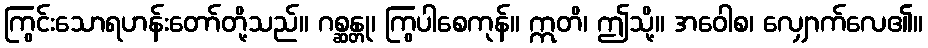
ကြွင်းသောရဟန်းတော်တို့သည်။ ဂစ္ဆန္တု၊ ကြွပါစေကုန်။ ဣတိ၊ ဤသို့။ အဝေါစ၊ လျှောက်လေ၏။